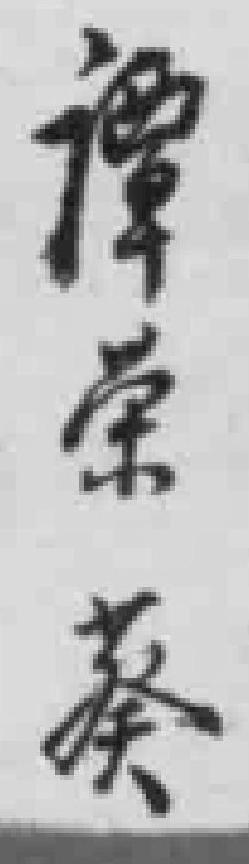
谭荣葵